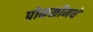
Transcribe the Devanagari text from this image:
पोकळीमधे